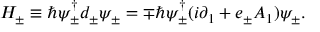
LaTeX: { \cal H } _ { \pm } \equiv \hbar \psi _ { \pm } ^ { \dagger } d _ { \pm } \psi _ { \pm } = \mp \hbar \psi _ { \pm } ^ { \dagger } ( i { \partial } _ { 1 } + e _ { \pm } A _ { 1 } ) \psi _ { \pm } .